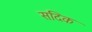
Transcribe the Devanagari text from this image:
सदिक